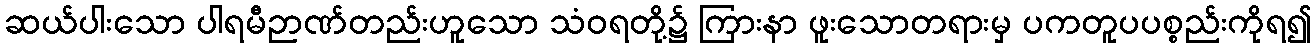
ဆယ်ပါးသော ပါရမီဉာဏ်တည်းဟူသော သံဝရတို့၌ ကြားနာ ဖူးသောတရားမှ ပကတူပပစ္စည်းကိုရ၍